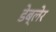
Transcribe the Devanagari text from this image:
डेब्लेर